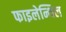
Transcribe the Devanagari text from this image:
फाइलेन्थिल